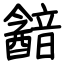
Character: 韽